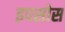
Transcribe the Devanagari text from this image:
इपसोस